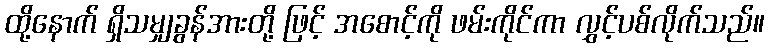
ထို့နောက် ရှိသမျှခွန်အားတို့ ဖြင့် အစောင့်ကို ဖမ်းကိုင်ကာ လွှင့်ပစ်လိုက်သည်။